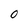
Character: 0